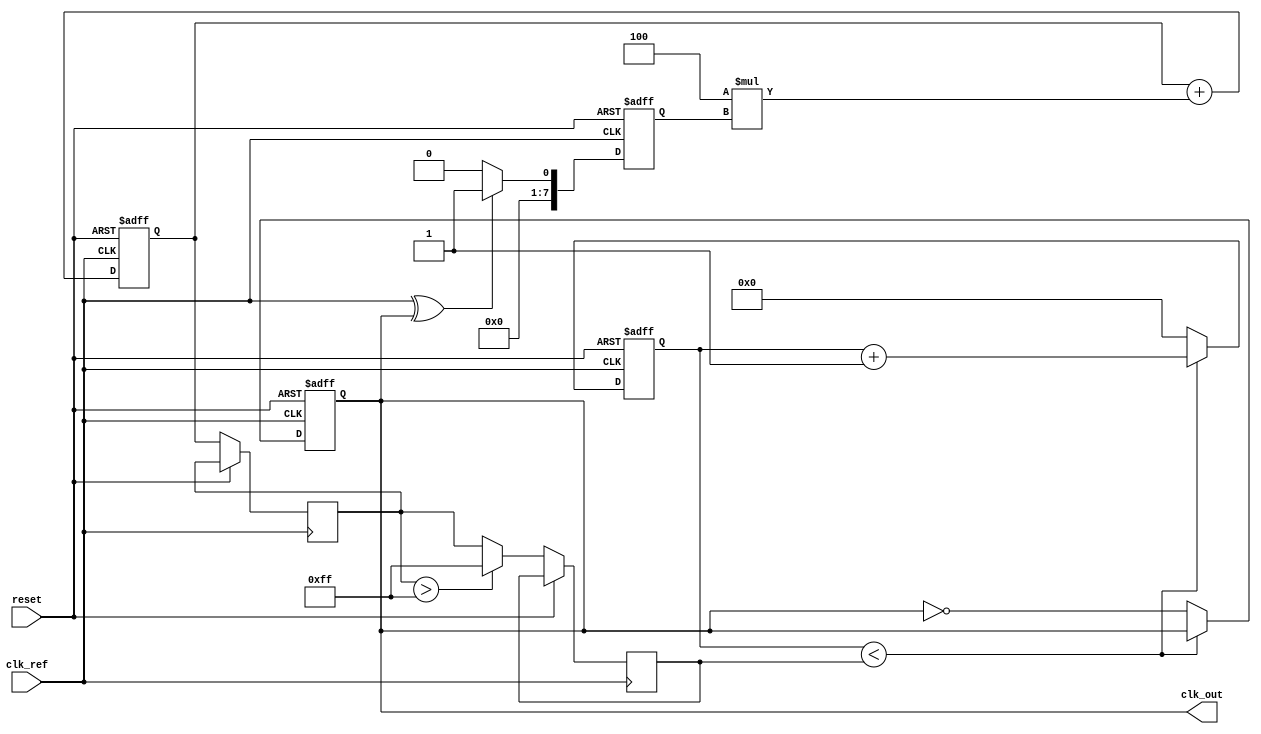
module ADPLL (
    input wire clk_ref,          // Reference clock input
    input wire reset,           // Asynchronous reset
    output reg clk_out          // Output clock signal
);

// Parameters
parameter N = 8;               // Number of bits for frequency control
parameter K = 4;               // Loop filter gain
parameter DCO_MAX = 255;       // Maximum value for DCO

// Internal signals
reg [N-1:0] phase_detector_out; // Output from phase detector
reg [N-1:0] loop_filter_out;     // Output from loop filter
reg [N-1:0] dco_control;         // Control signal for DCO
reg [N-1:0] dco_counter;         // DCO counter
reg [N-1:0] dco_frequency;       // DCO frequency

// Phase Detector
always @(posedge clk_ref or posedge reset) begin
    if (reset) begin
        phase_detector_out <= 0;
    end else begin
        // Simple XOR phase detector
        phase_detector_out <= (clk_ref ^ clk_out) ? 1 : 0;
    end
end

// Loop Filter (Simple Integrator)
always @(posedge clk_ref or posedge reset) begin
    if (reset) begin
        loop_filter_out <= 0;
    end else begin
        loop_filter_out <= loop_filter_out + (K * phase_detector_out);
    end
end

// Digital Controlled Oscillator (DCO)
always @(posedge clk_ref or posedge reset) begin
    if (reset) begin
        dco_counter <= 0;
        clk_out <= 0;
    end else begin
        // Update DCO frequency based on loop filter output
        dco_control <= loop_filter_out;
        dco_frequency <= (dco_control > DCO_MAX) ? DCO_MAX : dco_control;

        // DCO counter logic
        if (dco_counter < dco_frequency) begin
            dco_counter <= dco_counter + 1;
        end else begin
            dco_counter <= 0;
            clk_out <= ~clk_out; // Toggle output clock
        end
    end
end

endmodule